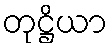
တုဋ္ဌိယာ